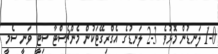
1-0 ލަނޑުން މޮޅުވެ 3-2 ލަނޑުގެ އެގްރިގޭޓަކުން މެންޗެސްޓާ ސިޓީ ވަނީ ސެމީ